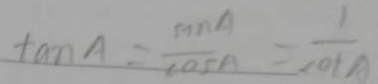
\tan A = \frac { \sin A } { \cos A } = \frac { 1 } { \cot A }